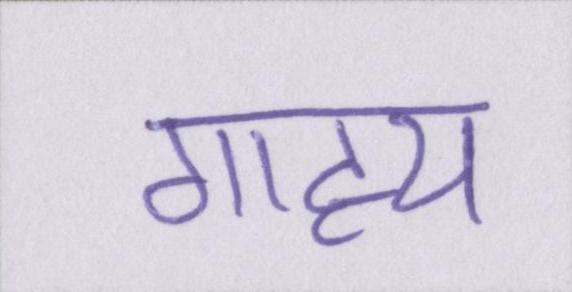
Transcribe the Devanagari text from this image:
गाह्य